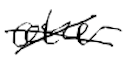
Text: other
Cross-out: cross
Writing tool: digital_black